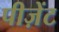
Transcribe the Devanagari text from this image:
पीज़ेंट